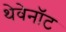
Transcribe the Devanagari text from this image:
थेवेनॉट